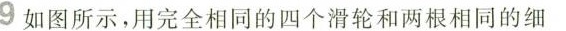
9 如图所示，用完全相同的四个滑轮和两根相同的细